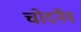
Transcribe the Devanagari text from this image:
चोदनैव